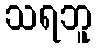
သရဘူ